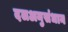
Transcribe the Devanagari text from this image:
दलअनुसंधान